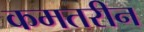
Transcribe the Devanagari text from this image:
कमतरीन